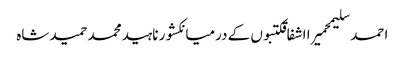
احمد سلیمحمیرا اشفاقکتبوں کے درمیانکشور ناہیدمحمد حمید شاہ